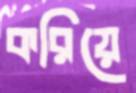
করিয়ে